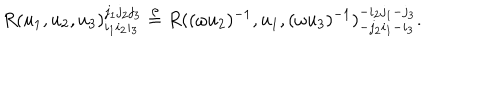
R ( u _ { 1 } , u _ { 2 } , u _ { 3 } ) _ { i _ { 1 } i _ { 2 } i _ { 3 } } ^ { j _ { 1 } j _ { 2 } j _ { 3 } } \stackrel { \rho } { = } R ( ( \omega u _ { 2 } ) ^ { - 1 } , u _ { 1 } , ( \omega u _ { 3 } ) ^ { - 1 } ) _ { - j _ { 2 } i _ { 1 } - i _ { 3 } } ^ { - i _ { 2 } j _ { 1 } - j _ { 3 } } .